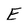
Character: E